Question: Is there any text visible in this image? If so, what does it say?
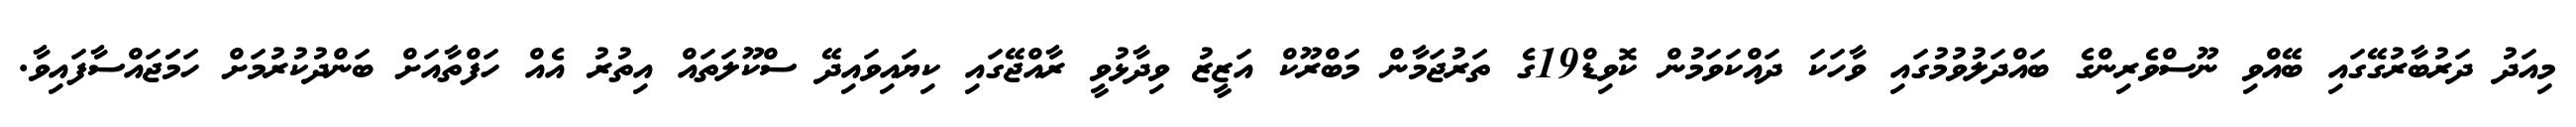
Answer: މިއަދު ދަރުބާރުގޭގައި ބޭއްވި ނޫސްވެރިންގެ ބައްދަލުވުމުގައި ވާހަކަ ދައްކަވަމުން ކޮވިޑް19ގެ ތަރުޖަމާން މަބްރޫކް އަޒީޒު ވިދާޅުވީ ރާއްޖޭގައި ކިޔައިވައިދޭ ސްކޫލަތައް އިތުރު އެއް ހަފްތާއަށް ބަންދުކުރުމަށް ހަމަަޖައްސާފައިވާ.